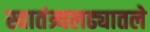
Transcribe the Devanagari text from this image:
स्वातंत्र्यलढ्यातले